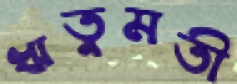
ঋতুমতী